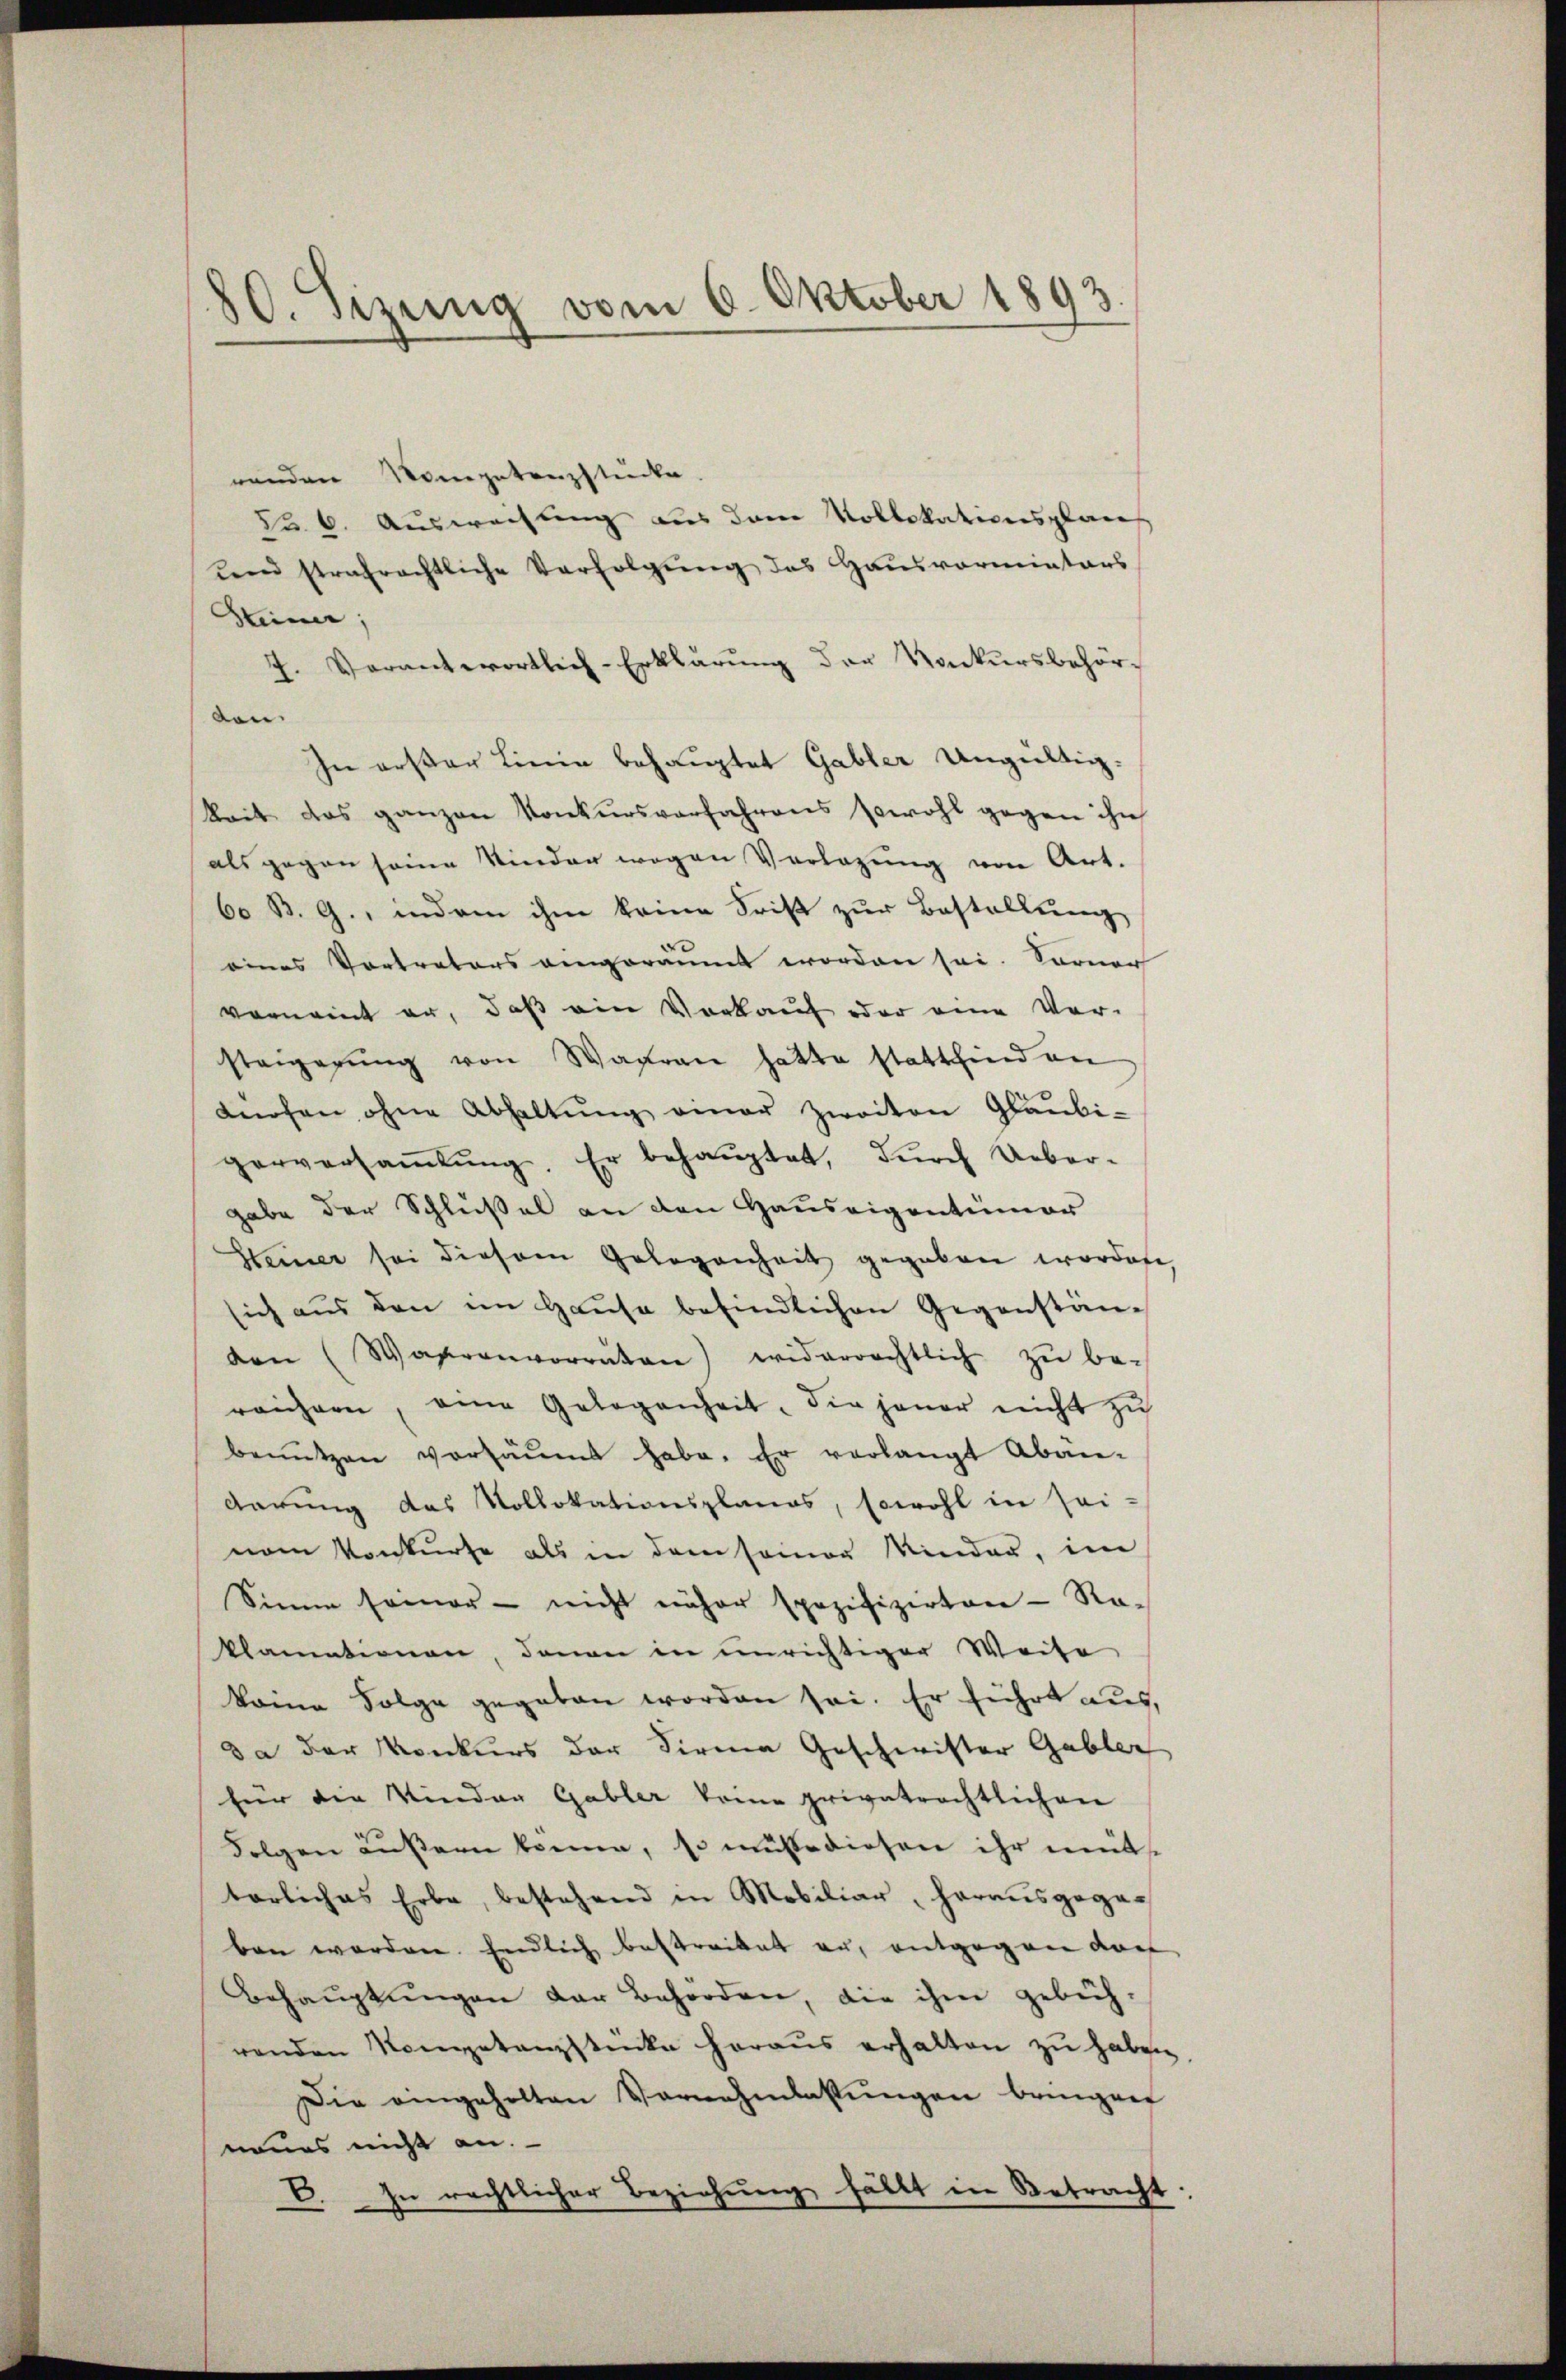
80. Sizung vom 6. Oktober 1893

renden Kompetenzstücke.
Zu 6. Ausweistung aus dem Kollokationsplan
und strafrechtliche Verfolgung des Hausvormietärs
Steiner;
7. Verantwortlich-Erklärung der Konkursbehörden.
In erster Linie behauptet Gabler Ungültig-
keit das ganzen Konkursverfahrens sowohl gegen ihn
als gegen seine Kinder wegen Verlegung von Art.
60 B. G., indem ihm keine Frist zur Bestellung
eines Vortreters eingeräumt worden sei. Sorner
vornennt an, daß ein Vorkauf oder eine Ver-
steigerŭng von Warran hatte stattfind an
dürfen ohne Abhaltŭng einer zweiten Glaŭbi-
gerversamlung. Er behauptet, durch Ueber-
gabe der Schlüßel an den Hauseigentümer
Steiner sei diesem Gelegenheit gegeben worden,
sich aus den im Hause befindlichen Gegenstän-
den (Wasrenvorräten) widerrechtlich zŭ be-
reichnen, eine Gelegenheit, die jener nicht zŭ
benützen versäumt habe. Er verlangt Aban-
derung das Vollokationsplanes, sowohl in sei-
vom Konkurse als in dem seiner Minder, im
Sinne seiner - nicht näher spezifizirten - Ro-
klamationen, daran in unrichtiger Weise
keine Folge gegeben worden sei. Er führt aus,
da der Konkurs der Firma Geschwister Gabler
für die Vinder Gabler keine privatrechtlichen
Folgen äussern könne, so müße diesen ihr mütterliches Erbe, bestehend in Mobiliar herausgege-
ben worden Endlich bestreitet an, entgegen dar
Behaŭptŭngen der Behörden, die ihm gebüh-
renden Kompetanzstücke heraŭs erhalten zŭ haben
Die eingeholten Vornehmlassŭngen bringen
neurs nicht an.
C. In rechtlicher Beziehŭng fällt in Betracht.